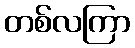
တစ်လကြာ